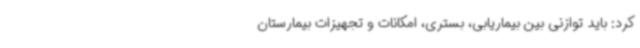
کرد: باید توازنی بین بیماریابی، بستری، امکانات و تجهیزات بیمارستان